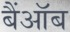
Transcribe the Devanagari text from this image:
बैंऑब